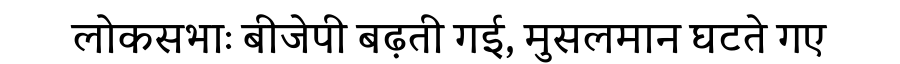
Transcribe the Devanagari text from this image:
लोकसभाः बीजेपी बढ़ती गई, मुसलमान घटते गए